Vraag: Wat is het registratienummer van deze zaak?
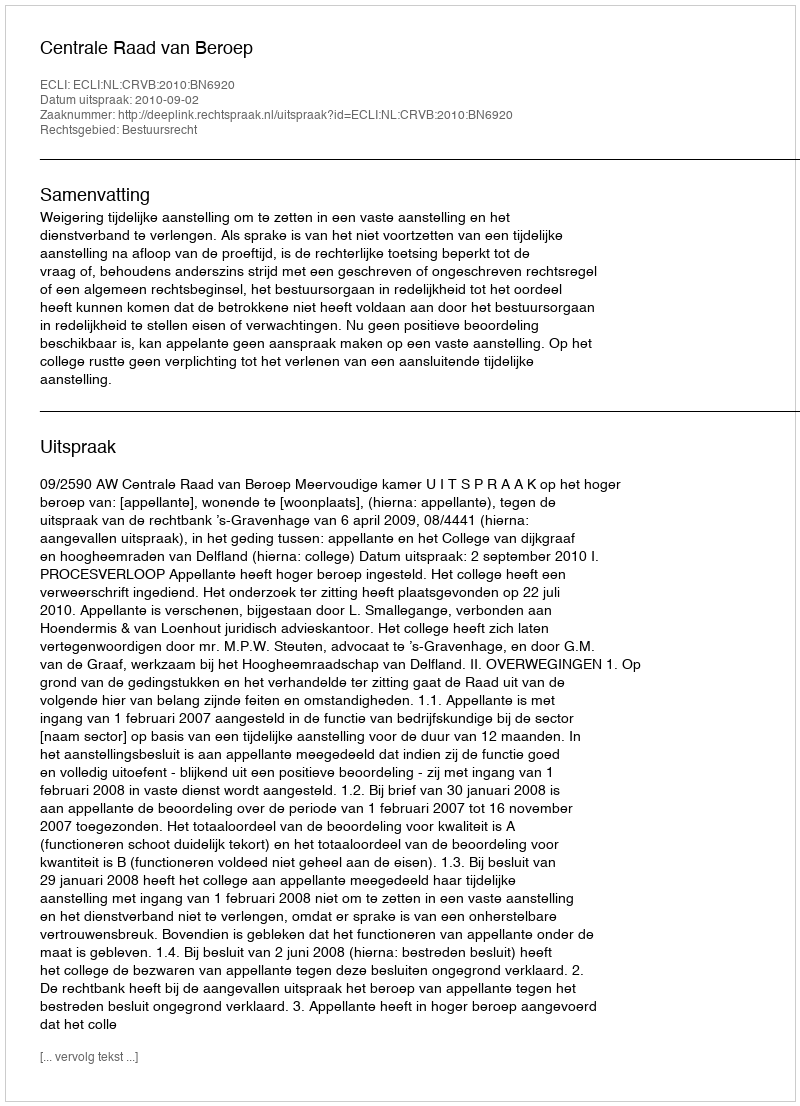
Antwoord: http://deeplink.rechtspraak.nl/uitspraak?id=ECLI:NL:CRVB:2010:BN6920